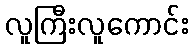
လူကြီးလူကောင်း